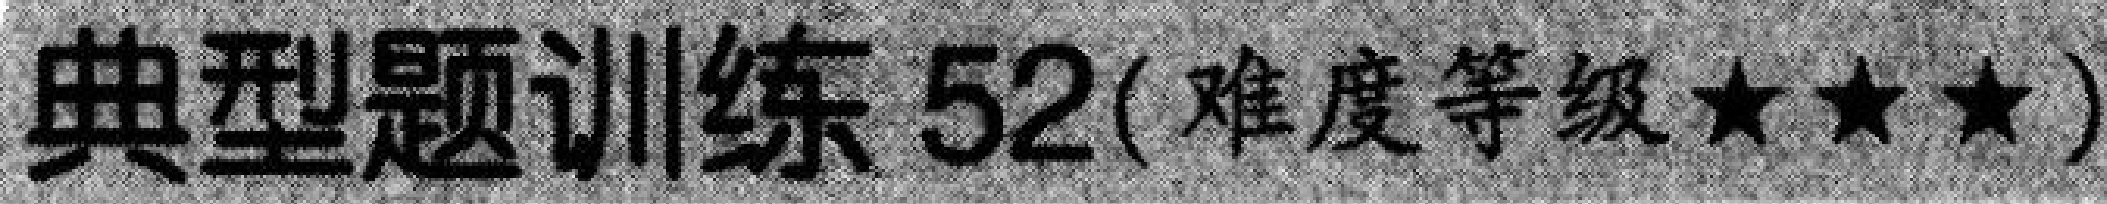
典型题训练 52( 难度等级★★★)